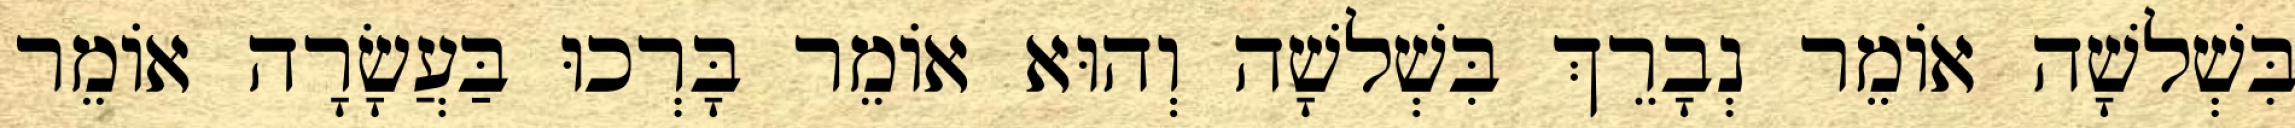
בִּשְׁלשָׁה אוֹמֵר נְבָרֵךְ בִּשְׁלשָׁה וְהוּא אוֹמֵר בָּרְכוּ בַּעֲשָׂרָה אוֹמֵר